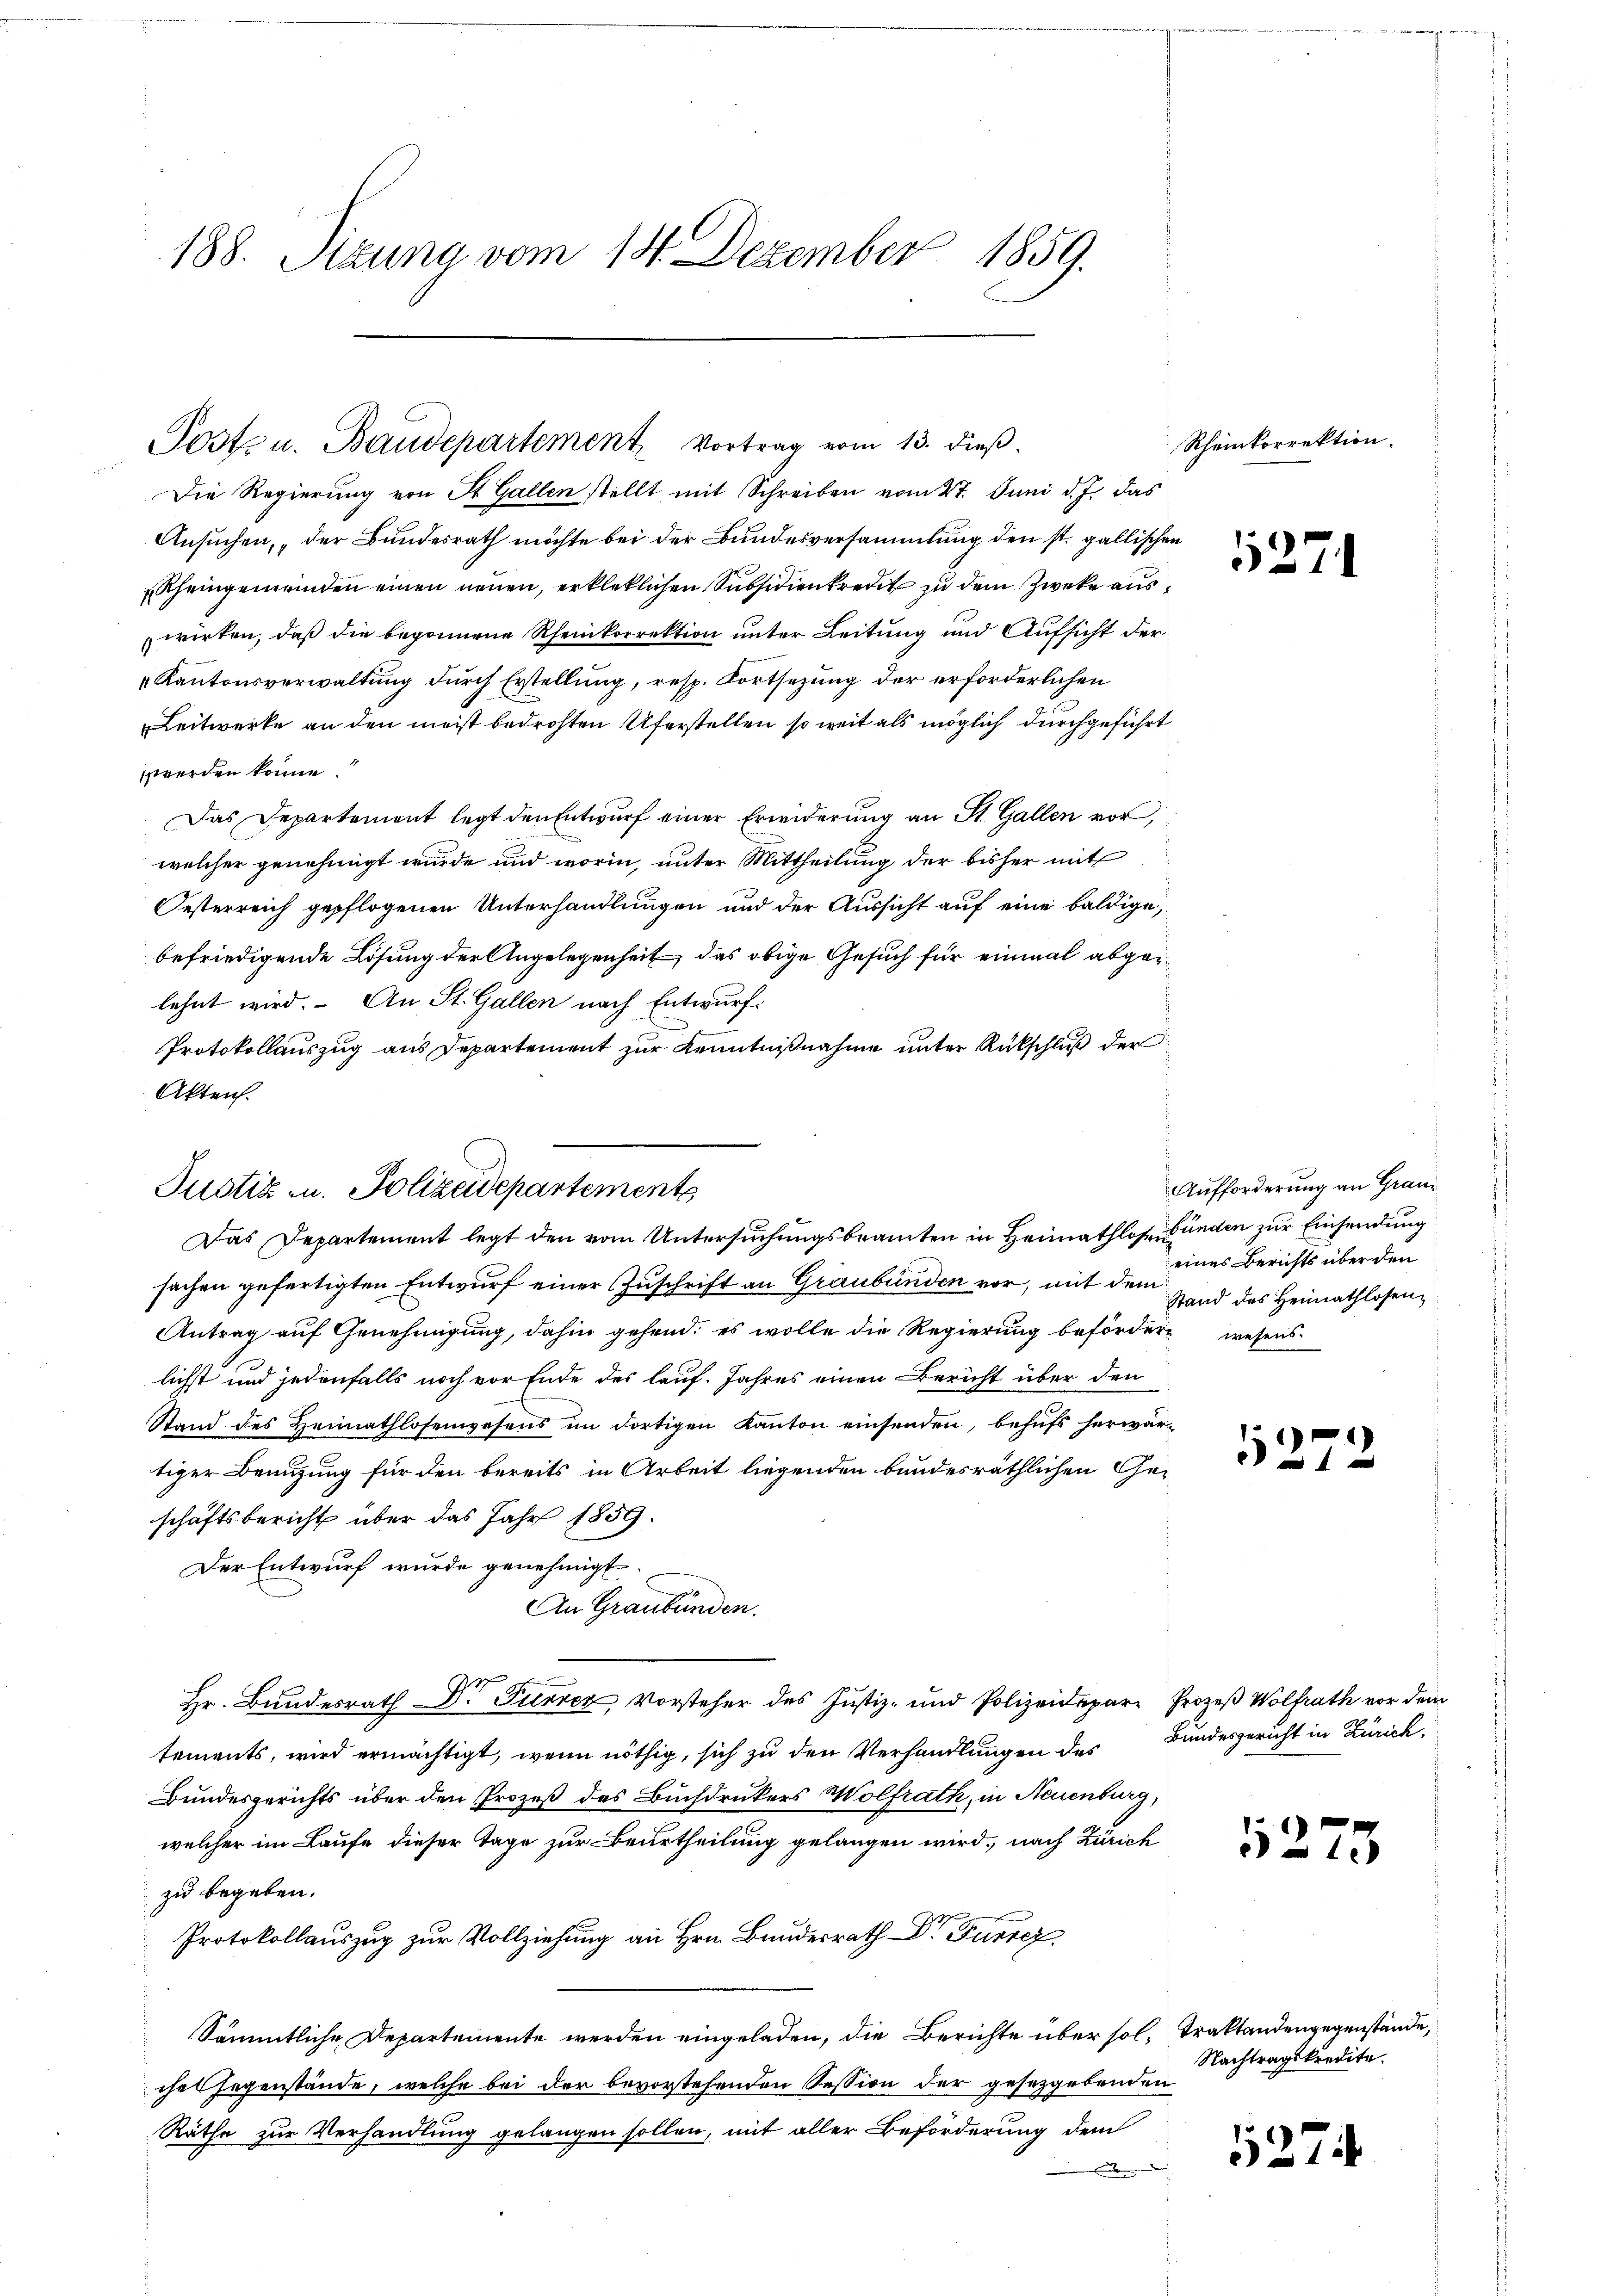
188. Sizung vom 14. Dezember 1859.

Postz u. Baudepartement Vortrag vom 13. dieß.

Die Regierung von St. Gallen stellt mit Schreiben vom 27. Juni d. J. das
Ansuchen, „der Bundesrath möchte bei der Bundesversammlung den st. gallischen
Rheingemeinden einen neuen, erkleklichen Subsidienkredit zu dem Zwecke auswirken, daß die begonnene Rheinkorrektion unter Leitung und Aufsicht der
Kantonsverwaltung durch Erstellung, resp. Fortsetzung der erforderlichen
Leitwerke an den meist bedrohten Uferstellen so weit als möglich durchgeführt,
werden könne.
Das Departemont legt den Entwurf einer Erwiderung an St. Gallen vor,
welcher genehmigt wurde und worin, unter Mittheilung der bisher mit
Oesterreich gepflogenen Unterhandlungen und der Aussicht auf eine baldige,
befriedigende Lösung der Angelegenheit, das obige Gesuch für einmal abgelehnt wird. An St. Gallen nach Entwurf
Protokollauszug aus Departement zur Kenntnißnahme unter Rückschluß der
Akten.
sachen gefertigten Entwurf einer Zuschrift an Graubünden vor, mit dem Hand des Heimathlosen¬
Antrag auf Genehmigung, dahin gehend; es wolle die Regierung befördern wesens
lichst und jedenfalls noch vor Ende des lauf. Jahres einen Bericht über den
Stand des Heimathlosengesens im dortigen Kanton einsenden, behufs herwartiger Benutzung für den bereits in Arbeit liegenden bundesräthlichen Geschäftsbericht über das Jahr 1859.
Der Entwurf wurde genehmigt.
An Graubünden.
Hr. Bundesrath Dr. Furrer Vorsteher des Justiz- und Polizeidepar- Prozeß Wolfrath vor dem
tements, wird ermächtigt, wenn nöthig, sich zu den Verhandlungen des Bundesgericht in Zürich¬
Bundesgerichts über den Prozeß des Buchdruckers Wolfrath, in Neuenburg,
welcher im Laufe dieser Tage zur Beurtheilung gelangen wird, nach Zürich
zu begeben.
Protokollauszug zur Vollziehung an Hrn. Bundesrath Dr Furrez
Sämmtliche Departemente werden eingeladen, die Berichte über sol. Traktandengegenstände,
ches Gegenstände, welche bei der bevorstehenden Session der gesetzgebenden
Räthe zur Verhandlung gelangen sollen, mit aller Beförderung dem

Justiz- u. Polizeidepartements
Das Departement legt den vom Untersuchungsbeamten in Heimathlose Bunden zur Einsendung

Rheinkorrektion.

5271

Aufforderung an Grani
eines Berichts über den

5272

5275

Nachtragskredite.

1274